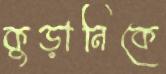
কুড়ানিকে